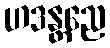
ဟဒန္တညေ